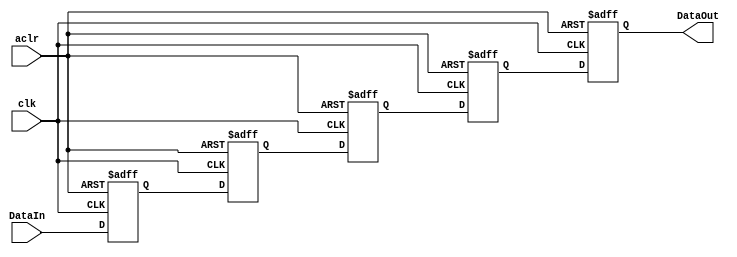
module OutputDataPipeline   
    #(  parameter DataWidth = 32,
        parameter Stages = 5)
    (clk, aclr, DataIn, DataOut);

    input clk, aclr;
    input [DataWidth-1:0] DataIn;
    output [DataWidth-1:0] DataOut;

	reg [DataWidth-1:0] DataRegs [0:Stages-1];
	
	integer index;

	always@(posedge clk, posedge aclr) begin
		if(aclr) begin
			for(index = 0; index < Stages; index = index + 1) begin: clearRegs
				DataRegs[index] <= 0;
			end
		end
		else begin
            DataRegs[0] <= DataIn;
			for(index = 0; index < Stages - 1; index = index + 1) begin: Tranmit
				DataRegs[index+1] <= DataRegs[index];
			end		
		end
	end
	
	assign DataOut = DataRegs[Stages-1];

endmodule